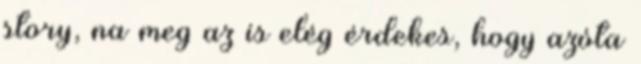
story, na meg az is elég érdekes, hogy azóta